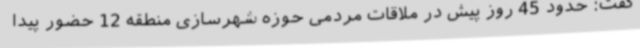
گفت: حدود 45 روز پیش در ملاقات مردمی حوزه شهرسازی منطقه 12 حضور پیدا